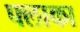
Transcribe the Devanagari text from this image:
फ्लाका